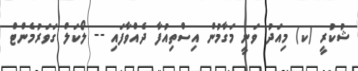
ޝުކުރީ (ކ) މިއަދު ވަނީ މަގާމުން އިސްތިއުފާ ދެއްވާފައި -- ލޯކަލް ގަވަރުމެންޓް